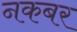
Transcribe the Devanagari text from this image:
नकबर